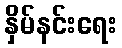
နှိမ်နင်းရေး